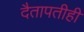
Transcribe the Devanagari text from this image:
दैतापतीही